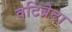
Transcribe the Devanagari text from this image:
वर्टिब्रेटा